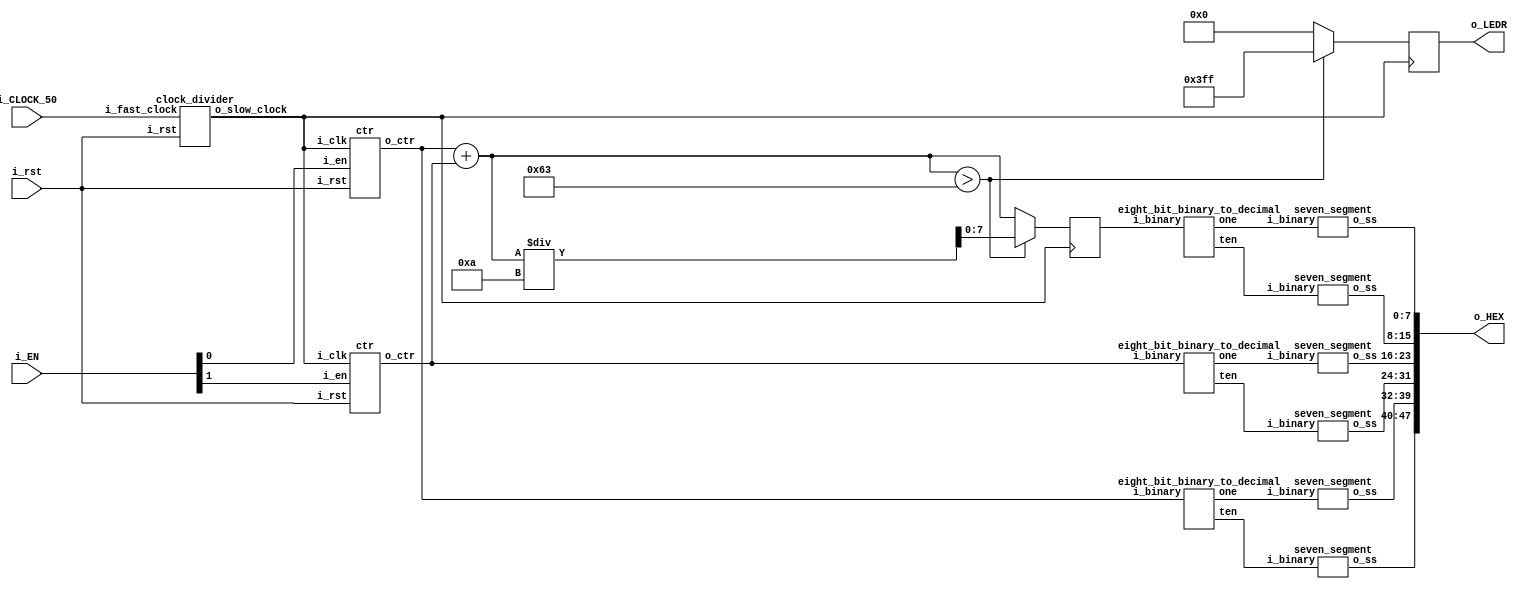
`define CTR_BITS 	8
`define CTR_MAXVAL	99
`define SS_IBITS	4
`define SS_OBITS	8


module addit(
	input wire i_CLOCK_50, i_rst,
	input wire [1:0] i_EN,
	output reg [9:0] o_LEDR,
	output wire [(6*`SS_OBITS)-1:0] o_HEX
);

	wire slow_clock;
	wire [`CTR_BITS-1:0] ctr0;
	wire [`CTR_BITS-1:0] ctr1;
	reg  [`CTR_BITS-1:0] sum;
	wire [`SS_IBITS-1:0] ctr_one0;
	wire [`SS_IBITS-1:0] ctr_ten0;
	wire [`SS_IBITS-1:0] ctr_one1;
	wire [`SS_IBITS-1:0] ctr_ten1;
	wire [`SS_IBITS-1:0] sum_one;
	wire [`SS_IBITS-1:0] sum_ten;
	
	clock_divider u0 (.i_rst(i_rst), .i_fast_clock(i_CLOCK_50), .o_slow_clock(slow_clock));
	
	ctr c0 (.i_clk(slow_clock), .i_rst(i_rst), .i_en(i_EN[0]), .o_ctr(ctr0)); 
	ctr c1 (.i_clk(slow_clock), .i_rst(i_rst), .i_en(i_EN[1]), .o_ctr(ctr1));
	
	eight_bit_binary_to_decimal ibbd0 (.i_binary(ctr0), .one(ctr_one0), .ten(ctr_ten0));
	eight_bit_binary_to_decimal ibbd1 (.i_binary(ctr1), .one(ctr_one1), .ten(ctr_ten1));
	eight_bit_binary_to_decimal ibbd2 (.i_binary(sum), .one(sum_one), .ten(sum_ten));
	
	seven_segment ss0 (.i_binary(ctr_ten0), .o_ss(o_HEX[`SS_OBITS*5+:`SS_OBITS]));
	seven_segment ss1 (.i_binary(ctr_one0), .o_ss(o_HEX[`SS_OBITS*4+:`SS_OBITS]));
	seven_segment ss2 (.i_binary(ctr_ten1), .o_ss(o_HEX[`SS_OBITS*3+:`SS_OBITS]));
	seven_segment ss3 (.i_binary(ctr_one1), .o_ss(o_HEX[`SS_OBITS*2+:`SS_OBITS]));
	seven_segment ss4 (.i_binary(sum_ten),  .o_ss(o_HEX[`SS_OBITS*1+:`SS_OBITS]));
	seven_segment ss5 (.i_binary(sum_one),  .o_ss(o_HEX[0+:`SS_OBITS]));
	
	
	always @(posedge slow_clock)
	begin
		sum = ctr0 + ctr1;
		
		if (sum > `CTR_MAXVAL) begin
			sum <= sum / 10;
			o_LEDR <= {10{1'b1}};
		end else
			o_LEDR <= 0;
	end
	
endmodule

module clock_divider(
	input wire i_rst,
	input wire i_fast_clock,
	output wire o_slow_clock
);
	// Output frequency should be 2Hz
	// Let the divider be x, then it should be:
	//   50MHz/x = 2Hz -> x = 50MHz/2Hz = 25*10^6
	//   log2(25*10^6) = 24.57
	//   COUNTER_SIZE = 23 -> 0.16s -> ~6Hz
	//   COUNTER_SIZE = 24 -> 0.33s -> ~3hz <-------- best approximation
	//   COUNTER_SIZE = 25 -> 0.67s -> ~1.5Hz
	parameter COUNTER_SIZE = 24;
	parameter COUNTER_MAX_COUNT = (2 ** COUNTER_SIZE) - 1;

	reg [COUNTER_SIZE-1:0] count;

	always @ (posedge i_fast_clock or negedge i_rst)
	begin
		if (!i_rst)
			count <= 0;
		else
			if(count == COUNTER_MAX_COUNT)
				count <= 0;
			else
				count <= count + 1'b1;
	end

	assign o_slow_clock = count[COUNTER_SIZE-1];

endmodule

module ctr (
	input wire i_clk, i_en, i_rst,
	output reg [`CTR_BITS-1:0] o_ctr
);

	always @(posedge i_clk or negedge i_rst)
	begin
		if (!i_rst)
			o_ctr <= 0;
		else
			if (i_en)
				if (o_ctr == `CTR_MAXVAL)
					o_ctr <= 0;
				else
					o_ctr <= o_ctr + 1;
			else
				o_ctr <= o_ctr;
	end		

endmodule


module eight_bit_binary_to_decimal(
	input wire 	[`CTR_BITS-1:0] i_binary,
	output wire [`SS_IBITS-1:0] one,
	output wire [`SS_IBITS-1:0] ten
);

	assign one = i_binary % 10;
	assign ten = i_binary / 10;

endmodule


module seven_segment(
	input wire [`SS_IBITS-1:0] i_binary,
	output reg [`SS_OBITS-1:0] o_ss
);

	always @(*)
	begin
		case (i_binary)
			0 : o_ss = 8'b1100_0000;//o_ss = 8'b0011_1111;
			1 : o_ss = 8'b1111_1001;//8'b0000_0110;
			2 : o_ss = 8'b1010_0100;//8'b0101_1011;
			3 : o_ss = 8'b1011_0000;//8'b0100_1111;
			4 : o_ss = 8'b1001_1001;//8'b0110_0011;
			5 : o_ss = 8'b1001_0010;//8'b0110_1101;
			6 : o_ss = 8'b1000_0010;//8'b0111_1101;
			7 : o_ss = 8'b1111_1000;//8'b0000_0111;
			8 : o_ss = 8'b1000_0000;//8'b0111_1111;
			9 : o_ss = 8'b1001_0000;//8'b0110_1111;
			default : o_ss = 8'b0111_1111;//8'b1000_0000;
		endcase
	end

endmodule